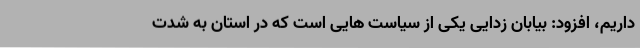
داریم، افزود: بیابان زدایی یکی از سیاست هایی است که در استان به شدت